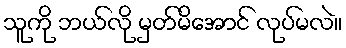
သူကို ဘယ်လို မှတ်မိအောင် လုပ်မလဲ။